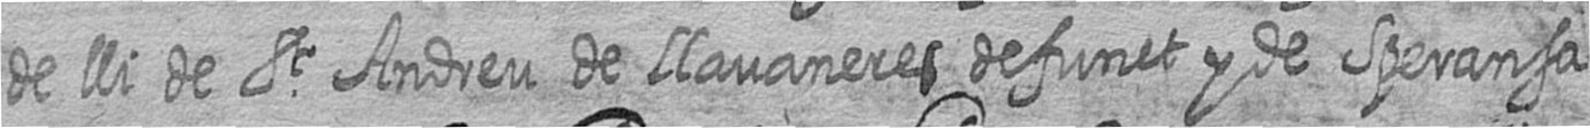
de lli de St Andreu de llavaneres defunct y de Speransa